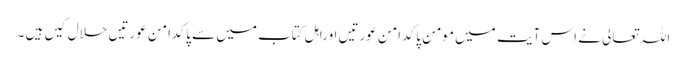
اللہ تعالی نے اس آیت میں مومن پاکدامن عورتیں اوراہل کتاب میں سے پاکدامن عورتیں حلال کیں ہیں ۔